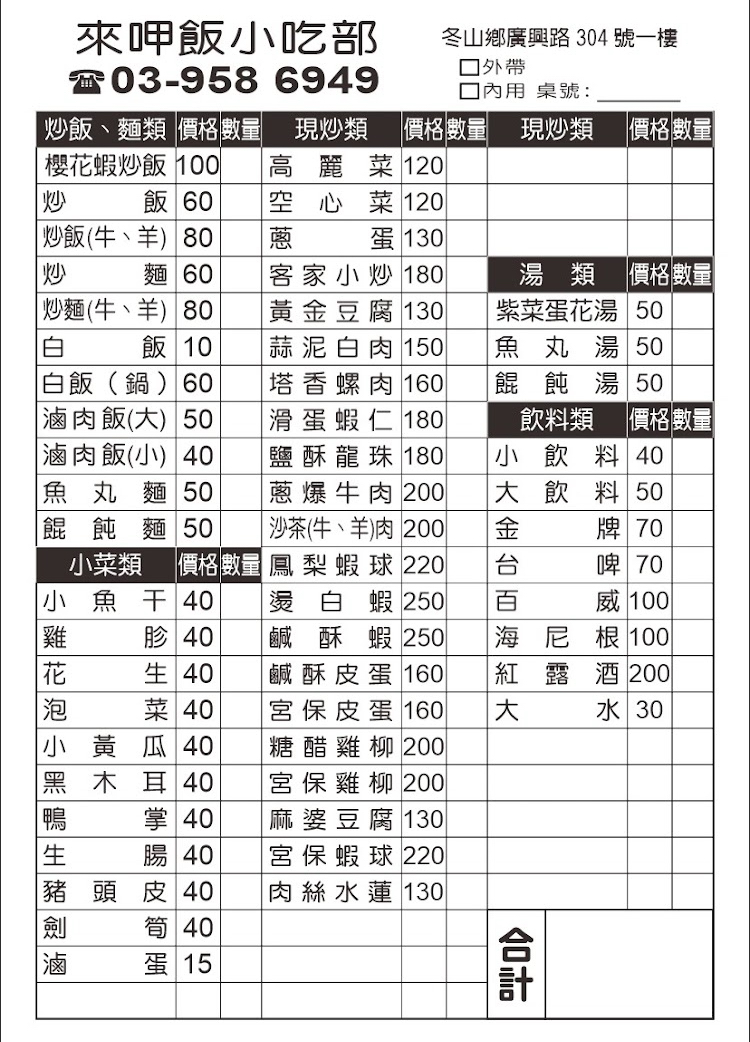
餐廳：來呷飯小吃部
地址：冬山鄉廣興路304號一樓
電話：03-9586949
菜單：
name: 櫻花蝦炒飯
price: 100
name: 高麗菜
price: 120
name: 炒飯
price: 60
name: 炒飯(牛、羊)
price: 80
name: 炒麵
price: 60
name: 炒麵(牛、羊)
price: 80
name: 白飯
price: 10
name: 白飯(鍋)
price: 60
name: 滷肉飯(大)
price: 50
name: 滷肉飯(小)
price: 40
name: 魚丸麵
price: 50
name: 餛飩麵
price: 50
name: 小魚干
price: 40
name: 雞胗
price: 40
name: 花生
price: 40
name: 泡菜
price: 40
name: 紫菜蛋花湯
price: 50
name: 魚丸湯
price: 50
name: 餛飩湯
price: 50
name: 小飲料
price: 40
name: 大飲料
price: 50
name: 台啤
price: 70
name: 百威
price: 100
name: 海尼根
price: 100
name: 紅露酒
price: 200
name: 大水
price: 30
name: 空心菜
price: 120
name: 蔥蛋
price: 130
name: 客家小炒
price: 180
name: 黃金豆腐
price: 130
name: 蒜泥白肉
price: 150
name: 塔香螺肉
price: 160
name: 滑蛋蝦仁
price: 180
name: 鹽酥龍珠
price: 180
name: 蔥爆牛肉
price: 200
name: 沙茶牛/羊
price: 200
name: 鳳梨蝦球
price: 220
name: 燙白蝦
price: 250
name: 鹹酥蝦
price: 250
name: 鹹酥皮蛋
price: 160
name: 宮保皮蛋
price: 160
name: 糖醋雞柳
price: 200
name: 宮保雞柳
price: 200
name: 麻婆豆腐
price: 130
name: 宮保蝦球
price: 220
name: 肉絲水蓮
price: 130
name: 豬頭皮
price: 40
name: 小黃瓜
price: 40
name: 黑木耳
price: 40
name: 鴨掌
price: 40
name: 生腸
price: 40
name: 劍筍
price: 40
name: 滷蛋
price: 15